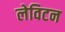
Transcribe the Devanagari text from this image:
लेविटन